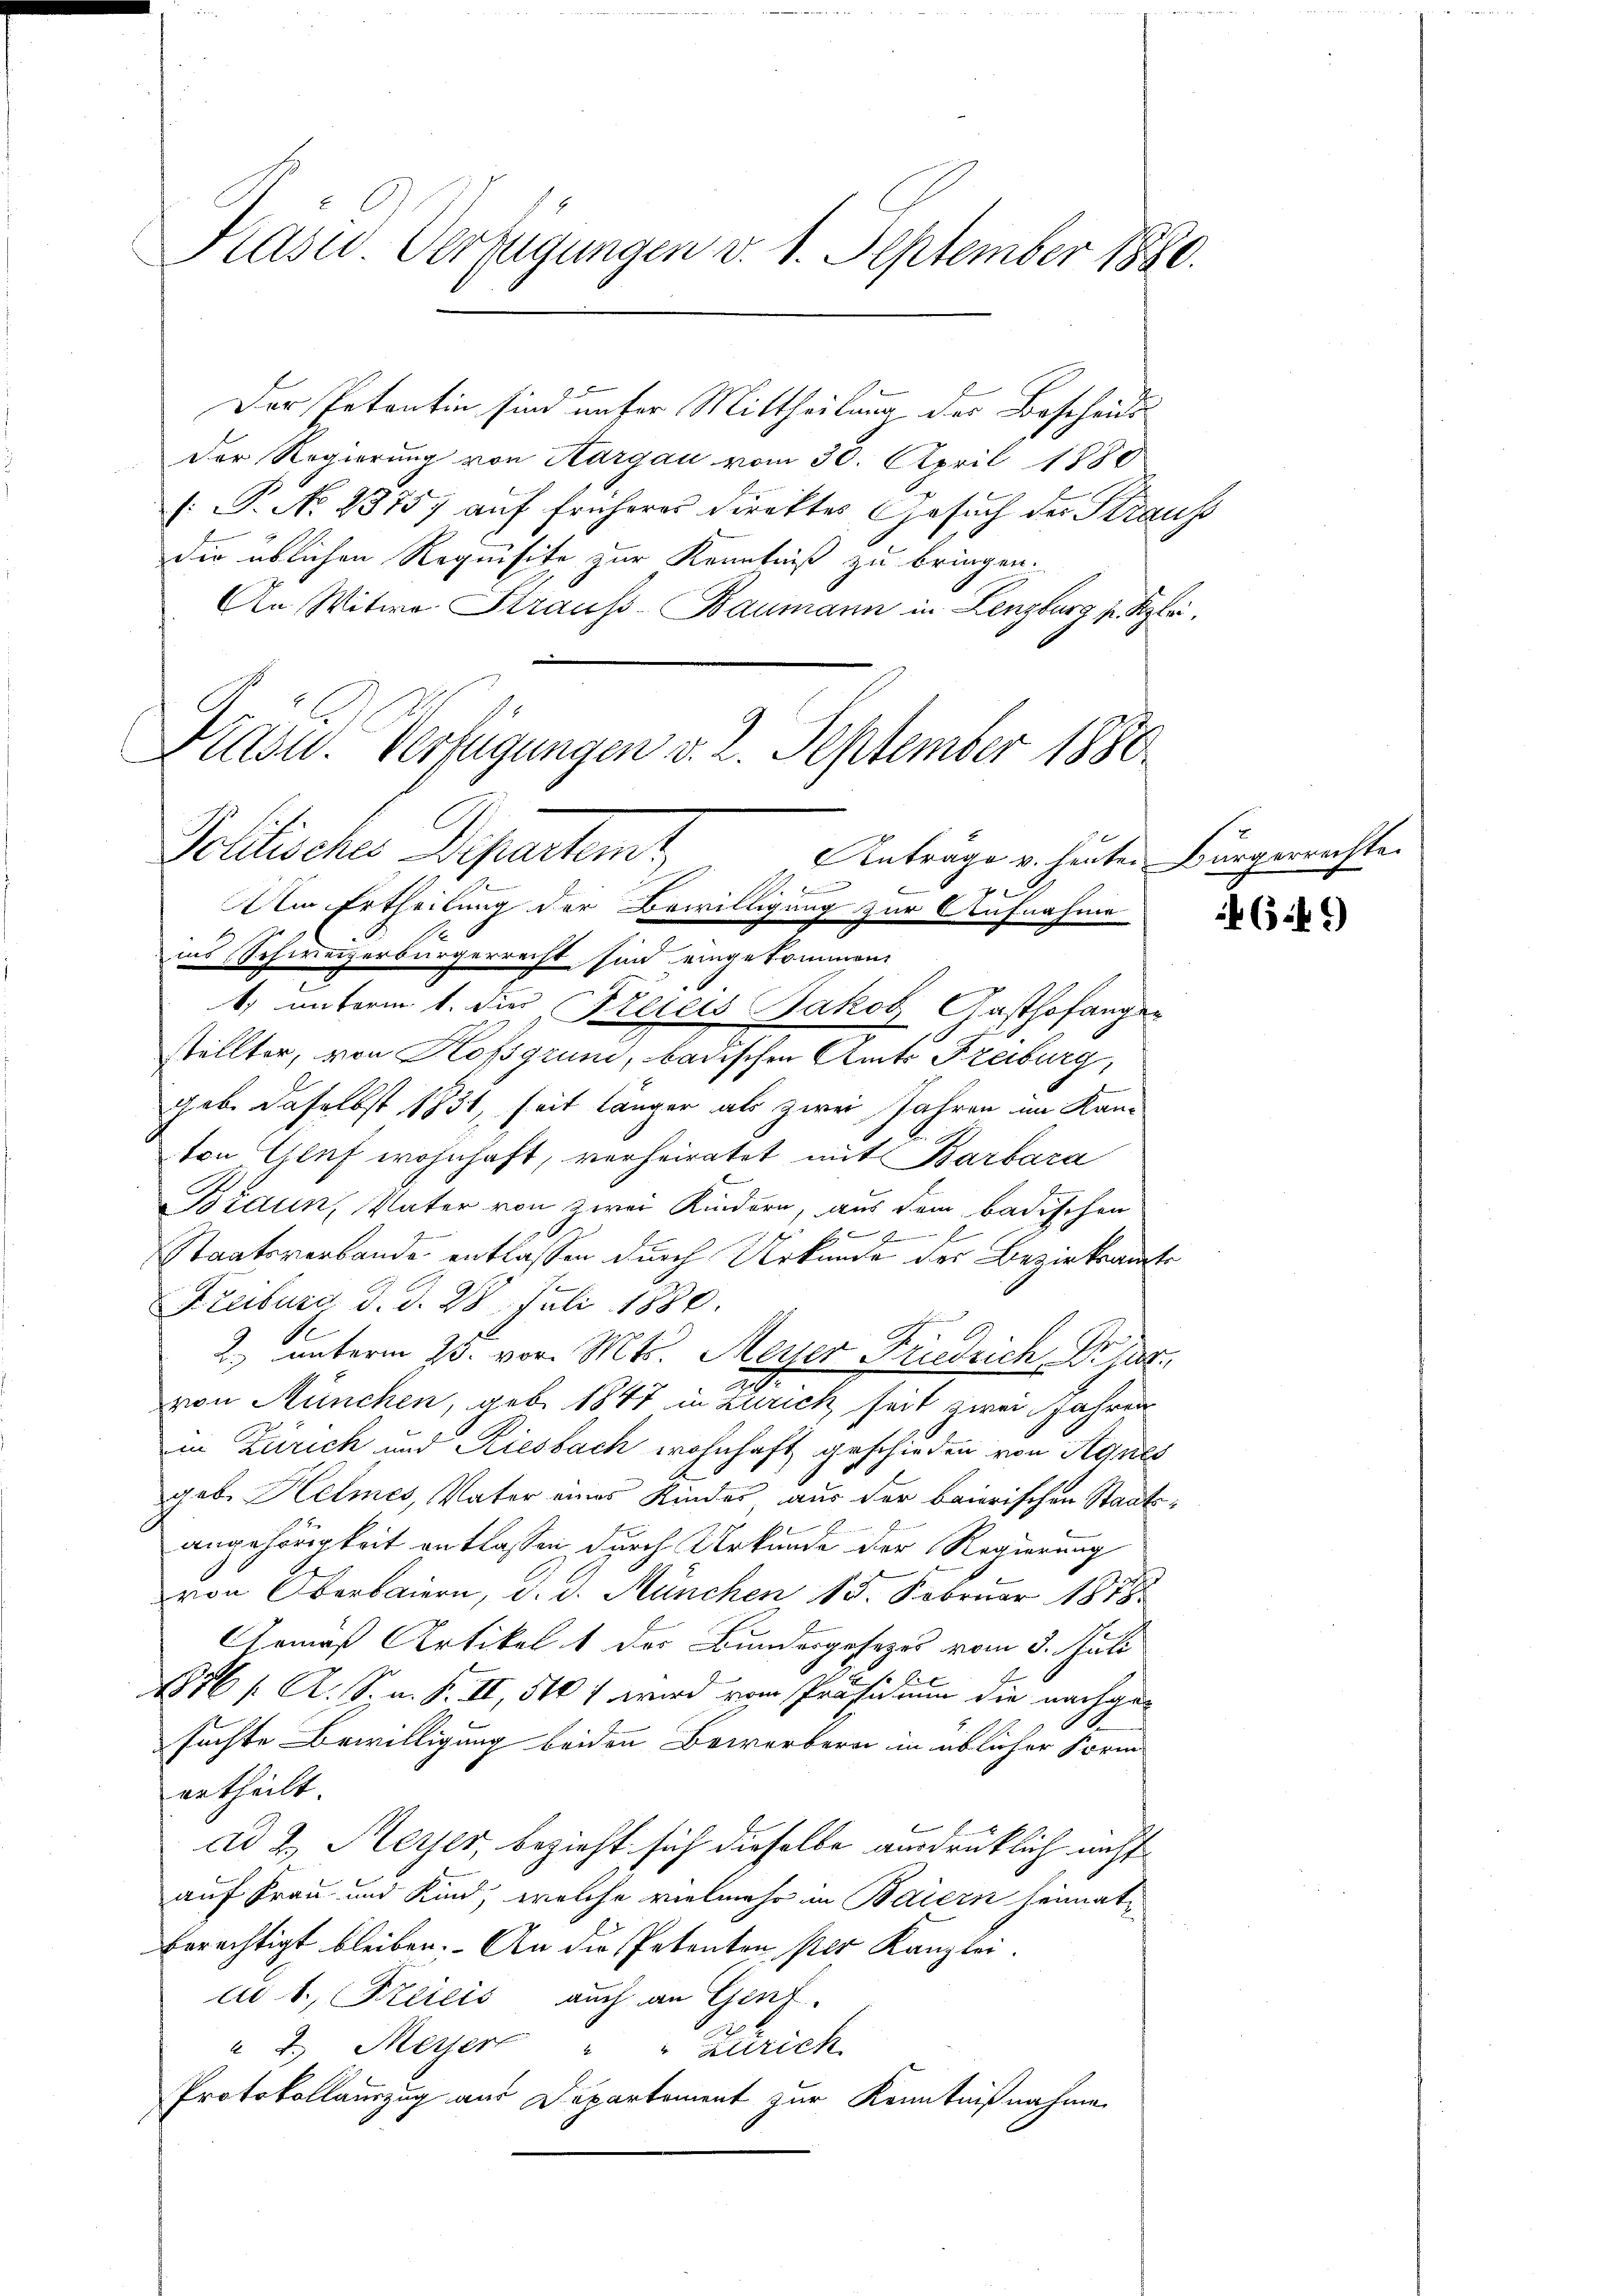
Kasu Verfügungen v. 1. September 1880.

Der Petentin sind unser Mittheilung der Bescheids
Der Regierung von Aargau vom 30. April 1880
 P. No. 2875) auf früheres Direktes Gesuch des Strauss
die üblichen Requisite zur Kenntniß zu bringen.
An Witwe Strauss-Baumann in Lenzburg p. Klei
Diasu. Verfügungen d. 2. September 1880

Politisches Departem
Anträge v. heuten Bürgerrechte
A
b
f

Um Ertheilung der Bewilligung zur Aufnahme
ins Schweizerbürgerrecht sind eingekommen,
2
1) unterm 1. des Alters Jakob Gasthofangen
stellter, von Kopgrund, badischen Amts Freiburg,
Jeb. daselbst 1831, seit länger als zwei Jahren im Kanvon Glaf wohnhaft, verheiratet mit Barbara
Braun, Vater von zwei Kindern, aus dem badischen
2
Staatsverbande entlassen durch Urkunde der Bezirksamts
Freiburg d. d. 28. Juli 1880.
2.) unterm 23. vor. Mts. Meyer Friedrich Dr jur.
von München, geb. 1847 in Zürich seit zwei Jahren
in Zürich und Riesbach wohnhaft geschieden von Agnes
geb. Helmes, Vater eines Kindes aus der baierischen Staatsangehörigkeit entlassen durch Urkunde der Regierung
von Oberbaiern, d. d. München 15. Februar 1848
Gemäß Artikel 1 der Bundesgesetzes vom 3. Juli
1876 / A. S. n. F. II, 510 f wird vom Präsidium die nachgesuchte Bewilligung beiden Bewerbern in üblicher Form
ertheilt.
ad 2. Meyer, bezieht sich dieselbe ausdrücklich nicht
auf Frau und Kind, welche vielmehr in Baiern heimat
berechtigt bleiben. - An die Petenten per Kanzlei.
un 1, Frereis auch an Genf.
à 2.) Meyer " " Zürich
Protokollauszug aus Departement zur Kenntnißnahme

4641)